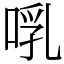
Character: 啂